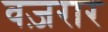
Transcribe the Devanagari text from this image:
वज़रार